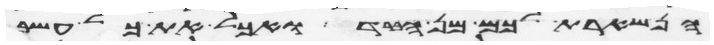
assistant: הנשארת לכם מן הברד ואכל את כל עשב